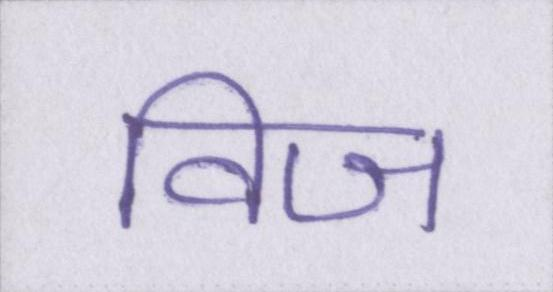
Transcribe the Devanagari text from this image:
विज